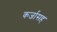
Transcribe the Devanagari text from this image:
कर्जासह